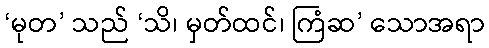
‘မုတ’ သည် ‘သိ၊ မှတ်ထင်၊ ကြံဆ’ သောအရာ